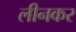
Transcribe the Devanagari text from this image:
लीनकर